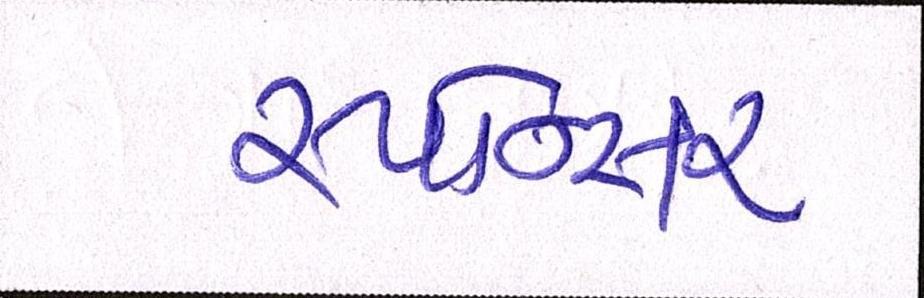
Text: સ્પોન્સર